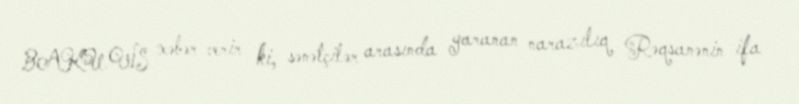
BAKU.WS xəbər verir ki, sənətçilər arasında yaranan narazılıq Rəqsanənin ifa